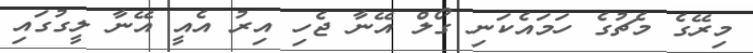
މިރޭގެ މެޗުގެ ހަމައެކަނި ގޯލް އޭނާ ޖެހި އިރު އެއީ އޭނާ ލީގުގައި